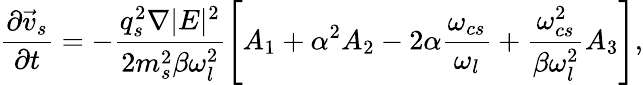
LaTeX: \frac{\partial\vec{v}_{s}}{\partial t}=-\frac{q_{s}^{2}\nabla|E|^{2}}{2m_{s}^{2}\beta\omega_{l}^{2}}\left[A_{1}+\alpha^{2}A_{2}-2\alpha\frac{\omega_{cs}}{\omega_{l}}+\frac{\omega_{cs}^{2}}{\beta\omega_{l}^{2}}A_{3}\right],